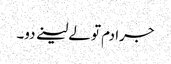
جرا دم تو لے لینے دو۔